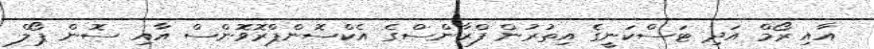
އާއި ރޯމް އަދި ޓަސްކަނީގެ އިތުރުން ފްރާންސްގެ އެކްސޮންޕްރޮވޮންސް އާއި ސޮން ޕޯލް